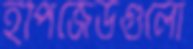
ইপিজেডগুলো